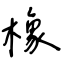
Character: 橡